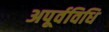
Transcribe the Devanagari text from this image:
अपूर्वविधि